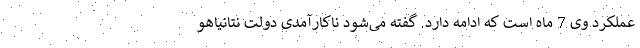
عملکرد وی 7 ماه است که ادامه دارد. گفته می‌شود ناکارآمدی دولت نتانیاهو